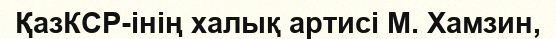
ҚазКСР-інің халық артисі М. Хамзин,